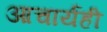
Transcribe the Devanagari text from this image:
आचार्यही